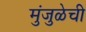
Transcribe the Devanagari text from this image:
मुंजुळेची